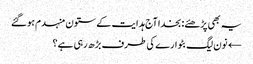
یہ بھی پڑھئے: بخدا آج ہدایت کے ستون منہدم ہوگئے
← نون لیگ بٹوارے کی طرف بڑھ رہی ہے؟